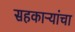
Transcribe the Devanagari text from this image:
सहकाऱ्यांचा